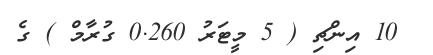
10 އިންޗި ( 5 މީޓަރު 0.260 ގުރާމް ) ގެ